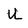
Character: U